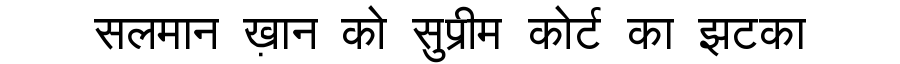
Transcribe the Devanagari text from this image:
सलमान ख़ान को सुप्रीम कोर्ट का झटका